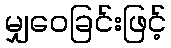
မျှဝေခြင်းဖြင့်